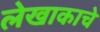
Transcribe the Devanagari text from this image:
लेखाकाचे